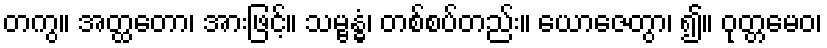
တကွ။ အတ္ထတော၊ အားဖြင့်။ သမ္ဗန္ဓံ၊ တစ်စပ်တည်း။ ယောဇေတွာ၊ ၍။ ဝုတ္တမေဝ၊